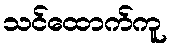
သင်ထောက်ကူ